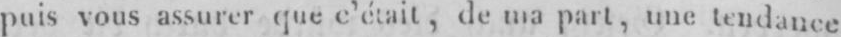
puis vous assurer que e’était, de ma part, une tendance